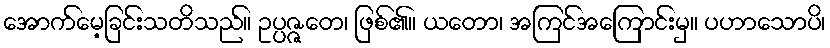
အောက်မေ့ခြင်းသတိသည်။ ဥပ္ပဇ္ဇတေ၊ ဖြစ်၏။ ယတော၊ အကြင်အကြောင်းမှ။ ပဟာသောပိ၊